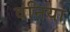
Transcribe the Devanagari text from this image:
वनिया